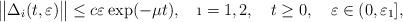
LaTeX: \begin{align*} \big\|\Delta_{i}(t,\varepsilon)\big\|\le c\varepsilon\exp(-\mu t),\ \ \ \i=1,2,\ \ \ t\ge 0,\ \ \ \varepsilon\in(0,\varepsilon_{1}],\end{align*}